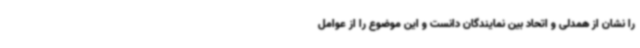
را نشان از همدلی و اتحاد بین نمایندگان دانست و این موضوع را از عوامل